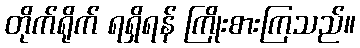
တိုက်ရိုက် ရရှိရန် ကြိုးစားကြသည်။